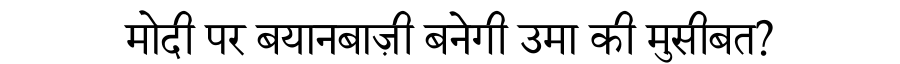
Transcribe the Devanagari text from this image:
मोदी पर बयानबाज़ी बनेगी उमा की मुसीबत?